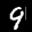
Label: 9